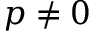
p \ne 0